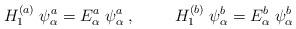
LaTeX: \begin{align*}H_1^{(a)}\;\psi^a_{\alpha}= E^{a}_{\alpha}\; \psi^a_{\alpha}\; , \hspace{1cm}H_1^{(b)}\;\psi^b_{\alpha}= E^{b}_{\alpha}\; \psi^b_{\alpha}\end{align*}